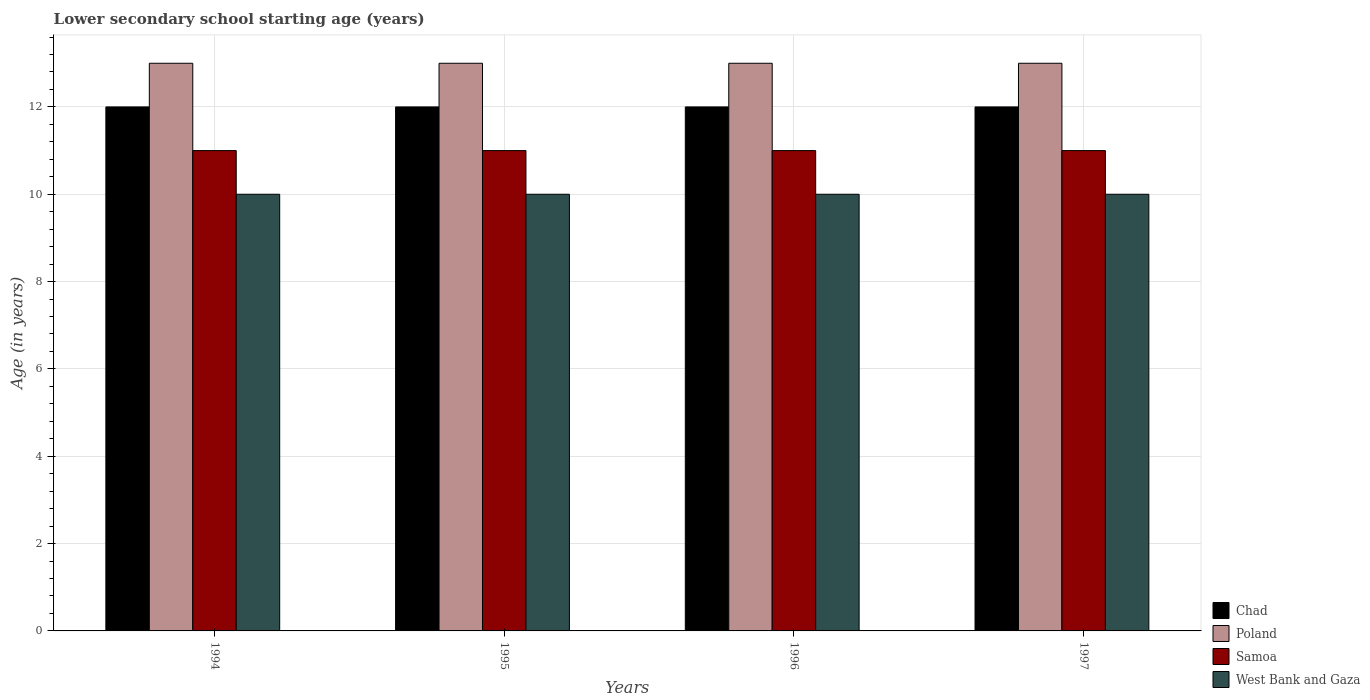
| Years | Chad | Poland | Samoa | West Bank and Gaza |
 | --- | --- | --- | --- | --- |
 | 1994 | 12 | 13 | 11 | 10 |
 | 1995 | 12 | 13 | 11 | 10 |
 | 1996 | 12 | 13 | 11 | 10 |
 | 1997 | 12 | 13 | 11 | 10 |